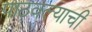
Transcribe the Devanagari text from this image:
पाठवल्याची